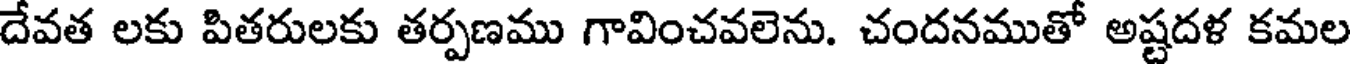
దేవత లకు పితరులకు తర్పణము గావించవలెను. చందనముతో అష్టదళ కమల